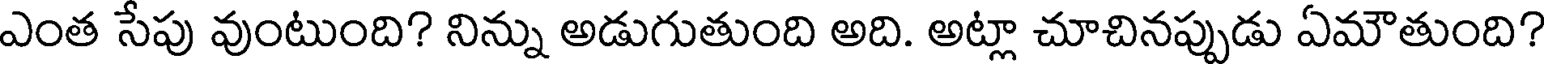
ఎంత సేపు వుంటుంది? నిన్ను అడుగుతుంది అది. అట్లా చూచినప్పుడు ఏమౌతుంది?